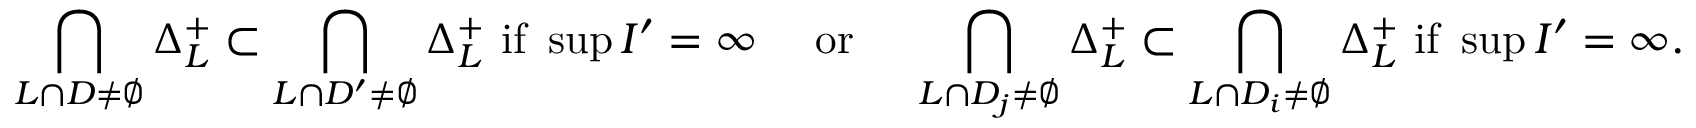
\bigcap _ { L \cap D \neq \emptyset } \Delta _ { L } ^ { + } \subset \bigcap _ { L \cap D ^ { \prime } \neq \emptyset } \Delta _ { L } ^ { + } \mathrm { ~ i f ~ } \operatorname* { s u p } I ^ { \prime } = \infty \quad \mathrm { ~ o r ~ } \quad \bigcap _ { L \cap D _ { j } \neq \emptyset } \Delta _ { L } ^ { + } \subset \bigcap _ { L \cap D _ { i } \neq \emptyset } \Delta _ { L } ^ { + } \mathrm { ~ i f ~ } \operatorname* { s u p } I ^ { \prime } = \infty .